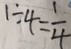
1 \div 4 = \frac { 1 } { 4 }